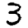
Digit: 3